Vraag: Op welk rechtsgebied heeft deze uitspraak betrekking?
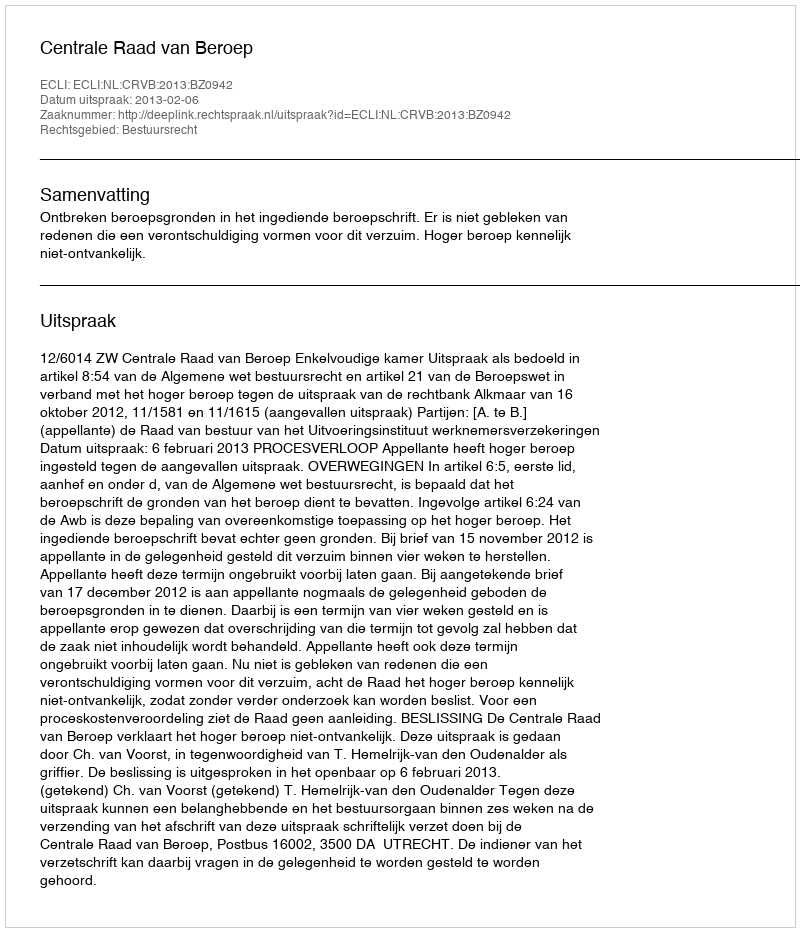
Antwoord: Bestuursrecht